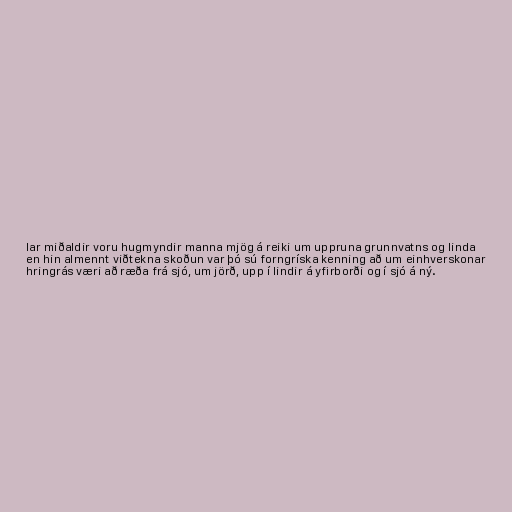
lar miðaldir voru hugmyndir manna mjög á reiki um uppruna grunnvatns og linda
en hin almennt viðtekna skoðun var þó sú forngríska kenning að um einhverskonar
hringrás væri að ræða frá sjó, um jörð, upp í lindir á yfirborði og í sjó á ný.